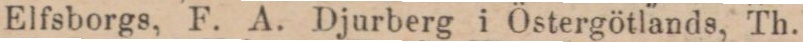
Elfsborgs, F. A. Djurberg i Östergötlands, Th.